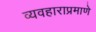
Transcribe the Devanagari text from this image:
व्यवहाराप्रमाणे